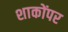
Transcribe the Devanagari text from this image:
शाकोंपर